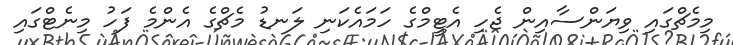
މިމެޗްގައި ވިޔަންސާއިން ޖެހި އެޓީމްގެ ހަމައެކަނި ލަނޑު މެޗްގެ އެންމެ ފަހު މިނެޓްގައި